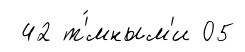
42 т'́мным'и 05